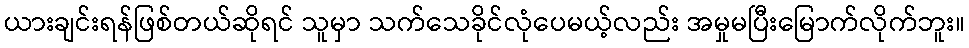
ယားချင်းရန်ဖြစ်တယ်ဆိုရင် သူမှာ သက်သေခိုင်လုံပေမယ့်လည်း အမှုမပြီးမြောက်လိုက်ဘူး။